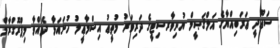
ސަޢޫދީ ޢަރަބިއްޔާގެ އަލްޤަޞީމް ޔުނިވާރސިޓީގެ ދަރިވަރު މުތީޢު އިސްމާޢީލު ހުށައަޅާ ދެއްވާ މިޕްރޮގްރާމް